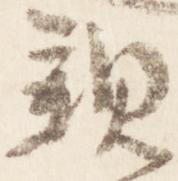
親